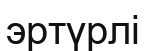
эртүрлі